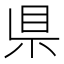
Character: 県